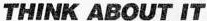
THINK ABOUT IT